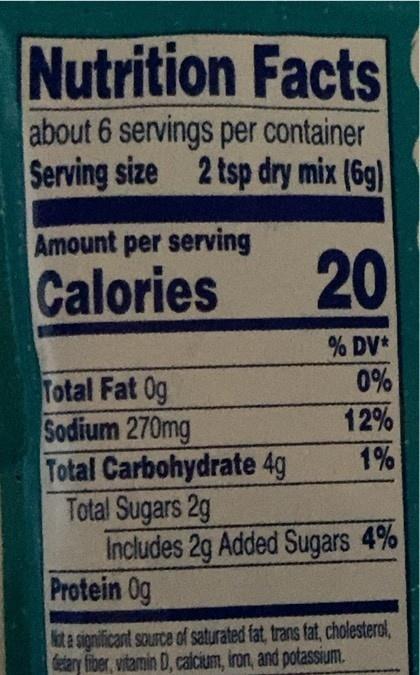
Nutrition Facts
about 6 servings per container Serving size 2 tsp dry mix (6g)
Amount per serving
Calories
20
% DV*
0%
Total Fat 0g Sodium 270mg Total Carbohydrate 4g Total Sugars 2g Includes 2g Added Sugars 4% Protein 0g
12%
1%
kta signiticant scurce of saturated fat, trans fat, cholesterol, Celary fiber, vitamin D, calcium, iron, and potassium.